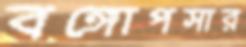
বঙ্গোপসার